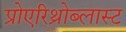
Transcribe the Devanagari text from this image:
प्रोएरिथ्रोब्लास्ट